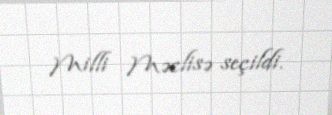
Milli Məclisə seçildi.